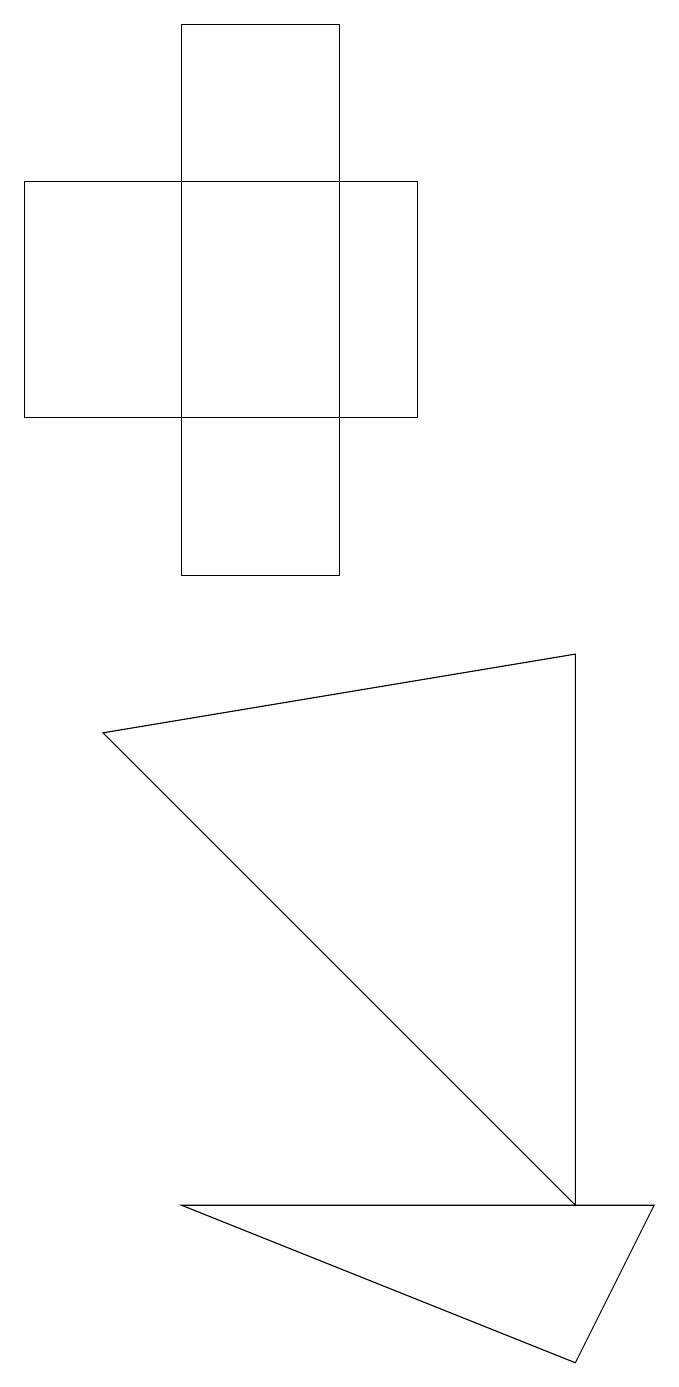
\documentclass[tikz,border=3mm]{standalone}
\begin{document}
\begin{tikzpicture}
\draw (3,17) rectangle (5,10);
\draw (8,9) -- (2,8) -- (8,2) -- cycle;
\draw (9,2) -- (8,0) -- (3,2) -- cycle;
\draw (1,15) rectangle (6,12);
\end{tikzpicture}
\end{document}